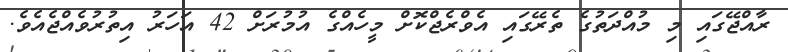
ރާއްޖޭގައި މި މުއްދަތުގެ ތެރޭގައި އެވްރެޖްކޮށް މީހެއްގެ އުމުރަށް 42 އަހަރު އިތުރުވެއްޖެއެވެ.